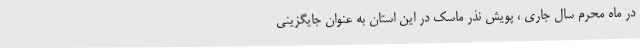
در ماه محرم سال جاری ، پویش نذر ماسک در این استان به عنوان جایگزینی